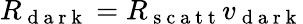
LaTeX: R_{\mathrm{~d~a~r~k~}}=R_{\mathrm{~s~c~a~t~t~}}v_{\mathrm{~d~a~r~k~}}